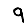
Digit: 9